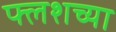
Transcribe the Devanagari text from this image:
फ्लशच्या